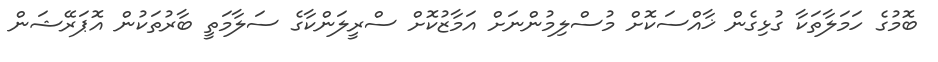
ބޮމުގެ ހަމަލާތަކާ ގުޅިގެން ޚާއްސަކޮށް މުސްލިމުންނަށް އަމާޒުކޮށް ސްރީލަންކާގެ ސަލާމަތީ ބާރުތަކުން އޮޕަރޭޝަން